Calcutta medical institutions reports 1871-78
Year: 1871
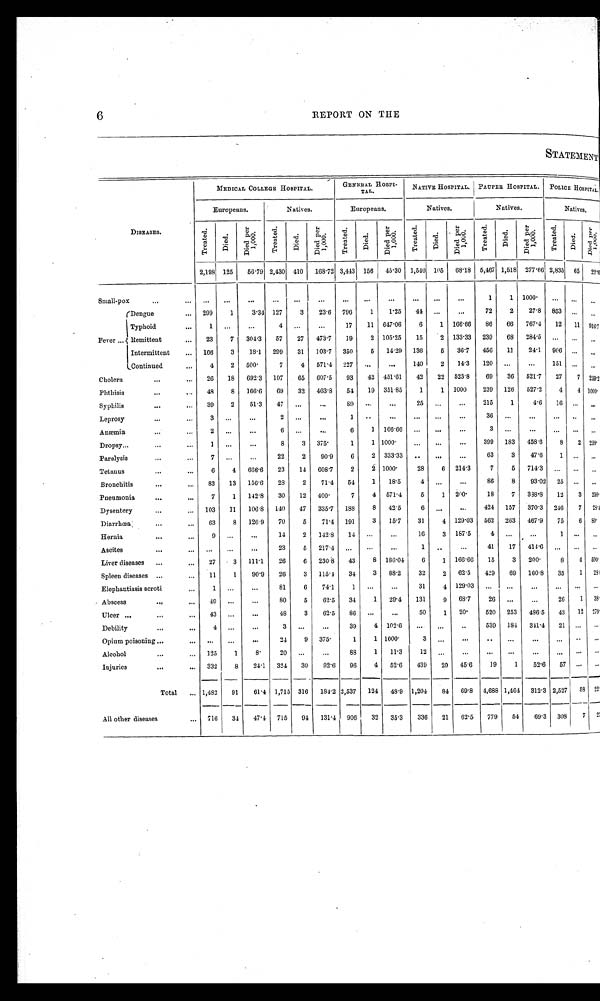
STATEMENT
DISEASES.
MEDICAL COLLEGE HOSPITAL.
GEN ERAL HOSPI
TAL.
NATIVE HOSPITAL. PAUPER HOSPITAL. POLICE HOSPITAL.
Europeans.
Natives.
Europeans.
Natives.
Natives.
Nati ves.
Tr eat ed.
D i e d .
D i e d p e r 1 , 0 0 0 Tr e a t e d.
D i e d .
D i e d p e r 1 , 0 0 0
T r e a t e d .
D i e d .
D i e d p e r 1 , 0 0 0
Tr e a t e d.
D i e d .
D i e d p e r 1 , 0 0 0
T r e a t e d .
D i e d .
Di e d p e r 1 , 0 0 0 T r e a t e d .
D i e d . D i e d p e r 1 , 0 0 0
2,198 125 56.79 2,430 410 108.72 3,413 156 45.30 1,540 105 68.18 5,467 1,518 277.66 2,835 65 22. 13
Small-pox
. . .
... ... ...
...
...
. . .
...
...
...
. . . ...
...
...
1
1 1000. ...
. . . ...
Fever ...
Dengue
... 299
1
3.34 127
3
23.6 796
1
1.25 44 ...
...
72
2
27.8 853 . . .
...
Typhoid
...
1 ...
...
4
. . . ...
17 11 647.06
6
1 166.66 86 66 767.4 12 11 916.7
Remittent
... 23
7 304.3 57 27 4731 19
2 105.25 15
2 133.33 239 68 284.5 ... ...
Intermittent
... 166
3 18.1 299 31 103.7 350
5 14.29 136
5 36.7
456 11
24.1 906 . . .
...
Continued
...
4
2 500.
7
4 571.4 227 ...
...
140
2 14.3 120 ...
...
151 ... ...
Cholera
...
... 20 18 692.3 107 65 607.5 93 42 451.61 42 22 523.8 69 36 521.7 27 7 259.2
Phthisis
...
. . . 48
8 166.6 69 32 463.8 54 19 351.85
1
1 1000
239 126 527.2
4 4 1000.
Syphilis
...
... 39
2
51.3 47 ...
...
8 9
. . .
. . . 25 ...
...
215
1
4.6 16 ...
. . .
Leprosy
...
. . .
3
. . . ...
2
. . . ...
1 . .
...
... ...
...
36 ...
...
... ..
Anæmia
. . .
...
2 ...
. . .
6
. . . ...
6
1 166.66 ... ...
. . .
3 . . .
. . .
. . . ...
Dropsy...
...
. . . 1
. . . ...
8
3 375.
1
1 1000.
...
...
...
399 183 458.6
8 2 250.
Paralysis
...
. . . 7
. . .
... 22
2 90.9
6
2 333.33 .. ...
...
63
3
47.6
1 ... ...
Tetanus
. . .
...
6
4 666.6 23 14 608.7
2
2 1000.
28
6 214.3
7
5 714.3 ... ...
Bronchitis
...
... 83 13 156.6 28
2 71.4 54
1 18.5
4 ...
...
86
8 93.02 25 ...
. . .
Pneumonia
...
...
7
1 142.8 30 12 400.
7
4 571.4
5
1 200.
18
7 338.8 12 3 250.
Dysentery
...
... 103 11 106.8 140 47 335.7 188
8 42.5
6 ...
...
424 157 370.3 246 7 23. 4
Diarrhœa
...
... 63
8 126.9 9 70
5
71.4 191
3 15.7
31
4 129.03 562 263 467.9 75 6 80.
Hernia
. . .
. . .
9 ...
...
14
2 142.8 14 . . .
...
16
3 187.5
4 ...
...
1
. . .
Ascites
...
... ... ...
. . . 23
5 217.4 ...
. . .
. . .
1 . .
. . .
41 17 411.6 ... . . .
...
Liver diseases ...
... 27
3 111.1
26
6 230.8 43
8 186.04
6
1 166.66 15
3 200.
8 4 500.
Spleen diseases ...
... 11
1
90.9 26
3 115.4 34
3 88.2
32
2 62.5 429 69 160.8 35 1 28
Elephantiasis scroti
. . .
1
. . . ...
81
6 74.1
1 ...
...
31
4 129.03 ...
...
...
... ... ...
Abscess
. . .
... 49 ...
. . . 80
5
62.5 34
1 29.4 131
9 68.7
26 ...
...
26
1 33.
Ulcer ...
...
. . .
4 3
. . .
... 48
3 62.5 86 ...
...
50
1 2 0 .
520 253
486. 5 43 12 279.
Debility
. . .
...
4
. . . ...
3
. . . ...
39
4 102.6 ... ...
..
539 184 341.4 21 ...
Opium poisoning ...
. . .
. . .
. . .
. . . 24
9 375.
1
1 1000.
3 ...
...
..
...
...
...
. .
Alcohol
...
... 125
1
8.
20
. . .
...
88
1 11.3
12 ...
...
...
...
...
...
. . .
Injuries
...
... 332
8 24.1 324 30
92.6 96
4 52.6 439 20 45.6
19
1
52.6 57
--
. . . . .
Total ... 1,482 91
61.4 1,715 316 184.2 2,537 124 48.9 1,204 84 69.8 4,688 1,464 312.3 2,527 58 22
All other diseases
. . . 716 34 47.4 715 94 131.4 906
3 2 35.3 336 21 62.5 779 54 69.3 308
7 2
6
REPORT ON THE